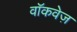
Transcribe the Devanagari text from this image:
वॉकवेज़